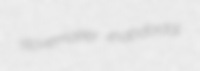
stovemaker rhabdoidal